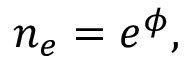
n _ { e } = e ^ { \phi } ,